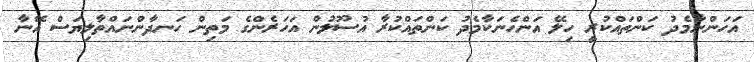
އަހަންނާމެދު ކަންތައްކުރީ ހިލޭ އަންހެނަކާމެދު ކަންތައްކުރާ އުސޫލުން އަހަރެންގެ މަތިން ހަނދާންނައްތާލިޔަސް އޭނާ